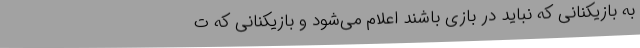
به بازیکنانی که نباید در بازی باشند اعلام می‌شود و بازیکنانی که ت